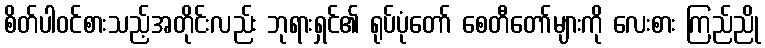
စိတ်ပါဝင်စားသည့်အတိုင်းလည်း ဘုရားရှင်၏ ရုပ်ပုံတော် စေတီတော်များကို လေးစား ကြည်ညို